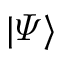
| \varPsi \rangle